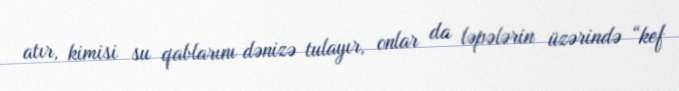
atır, kimisi su qablarını dənizə tulayır, onlar da ləpələrin üzərində “kef